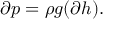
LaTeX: \partial p = \rho g ( \partial h ) .